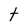
Character: t